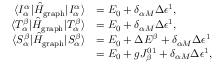
\begin{array} { r l } { \langle I _ { \alpha } ^ { \alpha } | \hat { H } _ { \mathrm { g r a p h } } | I _ { \alpha } ^ { \alpha } \rangle } & { = E _ { 0 } + \delta _ { \alpha M } \Delta \epsilon ^ { 1 } , } \\ { \langle T _ { \alpha } ^ { \beta } | \hat { H } _ { \mathrm { g r a p h } } | T _ { \alpha } ^ { \beta } \rangle } & { = E _ { 0 } + \delta _ { \alpha M } \Delta \epsilon ^ { 1 } , } \\ { \langle S _ { \alpha } ^ { \beta } | \hat { H } _ { \mathrm { g r a p h } } | S _ { \alpha } ^ { \beta } \rangle } & { = E _ { 0 } + \Delta E ^ { \beta } + \delta _ { \alpha M } \Delta \epsilon ^ { 1 } } \\ & { = E _ { 0 } + g J _ { \beta } ^ { 0 1 } + \delta _ { \alpha M } \Delta \epsilon ^ { 1 } , } \end{array}